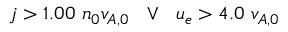
j > 1 . 0 0 \ n _ { 0 } v _ { A , 0 } \ \ \lor \ \ u _ { e } > 4 . 0 \ v _ { A , 0 }